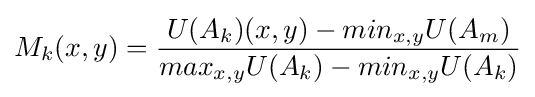
M_{k}(x,y)={\frac {U(A_{k})(x,y)-min_{x,y}U(A_{m})}{max_{x,y}U(A_{k})-min_{x,y}U(A_{k})}}